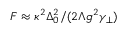
F \approx \kappa ^ { 2 } \Delta _ { 0 } ^ { 2 } / ( 2 \Lambda g ^ { 2 } \gamma _ { \perp } )